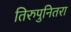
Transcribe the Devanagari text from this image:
तिरुपुनितरा